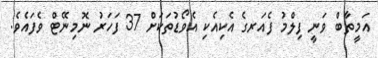
އަމީތާބް ވަނީ ފިލްމު ފެއަރގެ އެކިއެކި އެވޯޑުތަކަށް 37 ފަހަރު ނޮމިނޭޓް ވެފައެވެ.